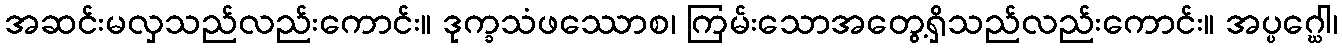
အဆင်းမလှသည်လည်းကောင်း။ ဒုက္ခသံဖဿောစ၊ ကြမ်းသောအတွေ့ရှိသည်လည်းကောင်း။ အပ္ပဂ္ဃေါ၊